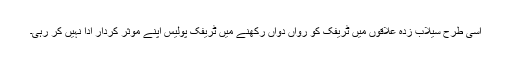
اسی طرح سیلاب زدہ علاقوں میں ٹریفک کو رواں دواں رکھنے میں ٹریفک پولیس اپنے موثر کردار ادا نہیں کر رہی۔